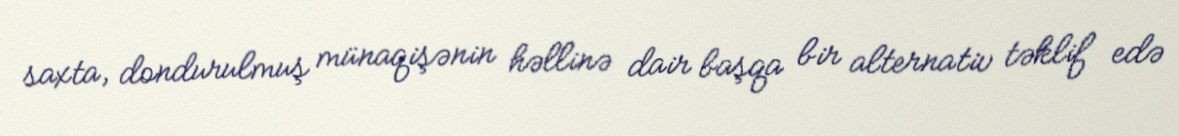
saxta, dondurulmuş münaqişənin həllinə dair başqa bir alternativ təklif edə